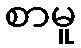
စာမူ